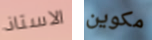
الاستاذ مكوين